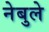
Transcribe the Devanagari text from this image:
नेबुले